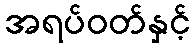
အရပ်ဝတ်နှင့်